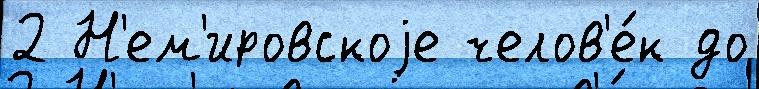
2 Н'ем'ировскоjе челов'е́к до